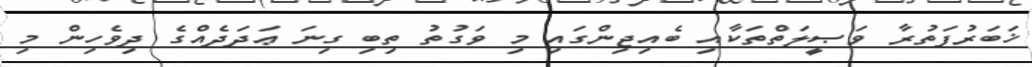
ޚަބަރުފަތުރާ ވަޞީލަތްތަކާއި ބެއިޖިންގައި މި ވަގުތު ތިބި ގިނަ ޢަދަދެއްގެ ދިވެހިން މި